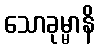
သောခုမ္မာနိ